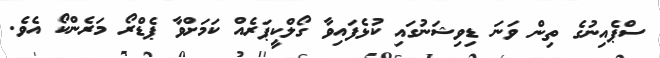
ސްޕެއިނުގެ ތިން ވަނަ ޑިވިޝަނުގައި ކުޅެފައިވާ ގޯލްކީޕަރެއް ކަމަށްވާ ޕެޑްރޯ މަރެންކޯ އެވެ.